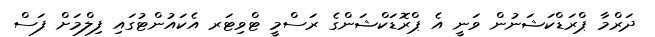
ދަރްމާ ޕްރަޑްކަޝަނުން ވަނީ އެ ޕްރޮޑަކްޝަންގެ ރަސްމީ ޓްވިޓަރ އެކައުންޓުގައި ފިލްމަށް ފަސް